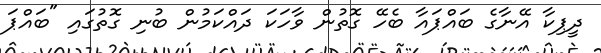
ދީޕިކާ އޭނާގެ ބައްޕައާ ބެހޭ ގޮތުން ވާހަކަ ދައްކަމުން ބުނި ގޮތުގައި "ބައްޕަ